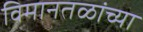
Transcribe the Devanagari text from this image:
विमानतळांच्या